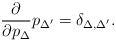
\begin{align*}\frac{\partial}{\partial p_\Delta}p_{\Delta^{\prime}}=\delta_{\Delta,\Delta^{\prime}}.\end{align*}